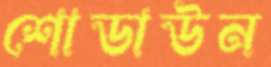
শোডাউন